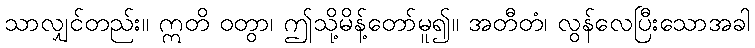
သာလျှင်တည်း။ ဣတိ ဝတွာ၊ ဤသို့မိန့်တော်မူ၍။ အတီတံ၊ လွန်လေပြီးသောအခါ